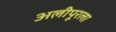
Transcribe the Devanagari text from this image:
अलीपूरला